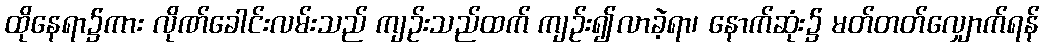
ထိုနေရာ၌ကား လိုဏ်ခေါင်းလမ်းသည် ကျဉ်းသည်ထက် ကျဉ်း၍လာခဲ့ရာ၊ နောက်ဆုံး၌ မတ်တတ်လျှောက်ရန်